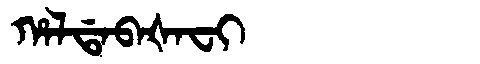
Manchu: ᡥᠠᠯᡩᠠᠪᠠᡧᠠᠸᡳ
Romanization: HALDABAŠAFI